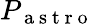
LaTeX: P_{\mathrm{~a~s~t~r~o~}}